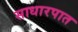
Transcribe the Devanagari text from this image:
साधारपात